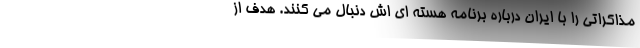
مذاکراتی را با ایران درباره برنامه هسته ای اش دنبال می کنند. هدف از